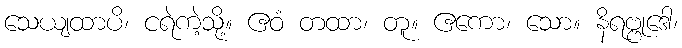
သေယျထာပိ၊ ငရဲကဲ့သို့။ ဧဝံ တထာ၊ တူ။ ဧကော၊ သော။ နိရဗ္ဗုဒေါ၊